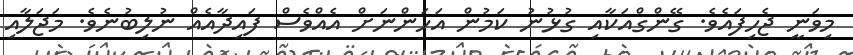
މިވަނީ ޖެހިފައެވެ. ގޭންގްއަކާއި ގުޅުނު ކަމުން އަހަންނަށް އެއްވެސް ފައިދާއެއް ނުލިބުނެވެ. މަޖަލާއި